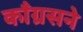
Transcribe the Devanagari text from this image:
काँग्रसने